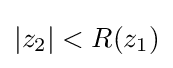
|z_{2}|<R(z_{1})